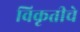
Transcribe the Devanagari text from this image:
विकृतीचे